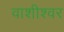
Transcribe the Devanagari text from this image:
वाशीश्वर